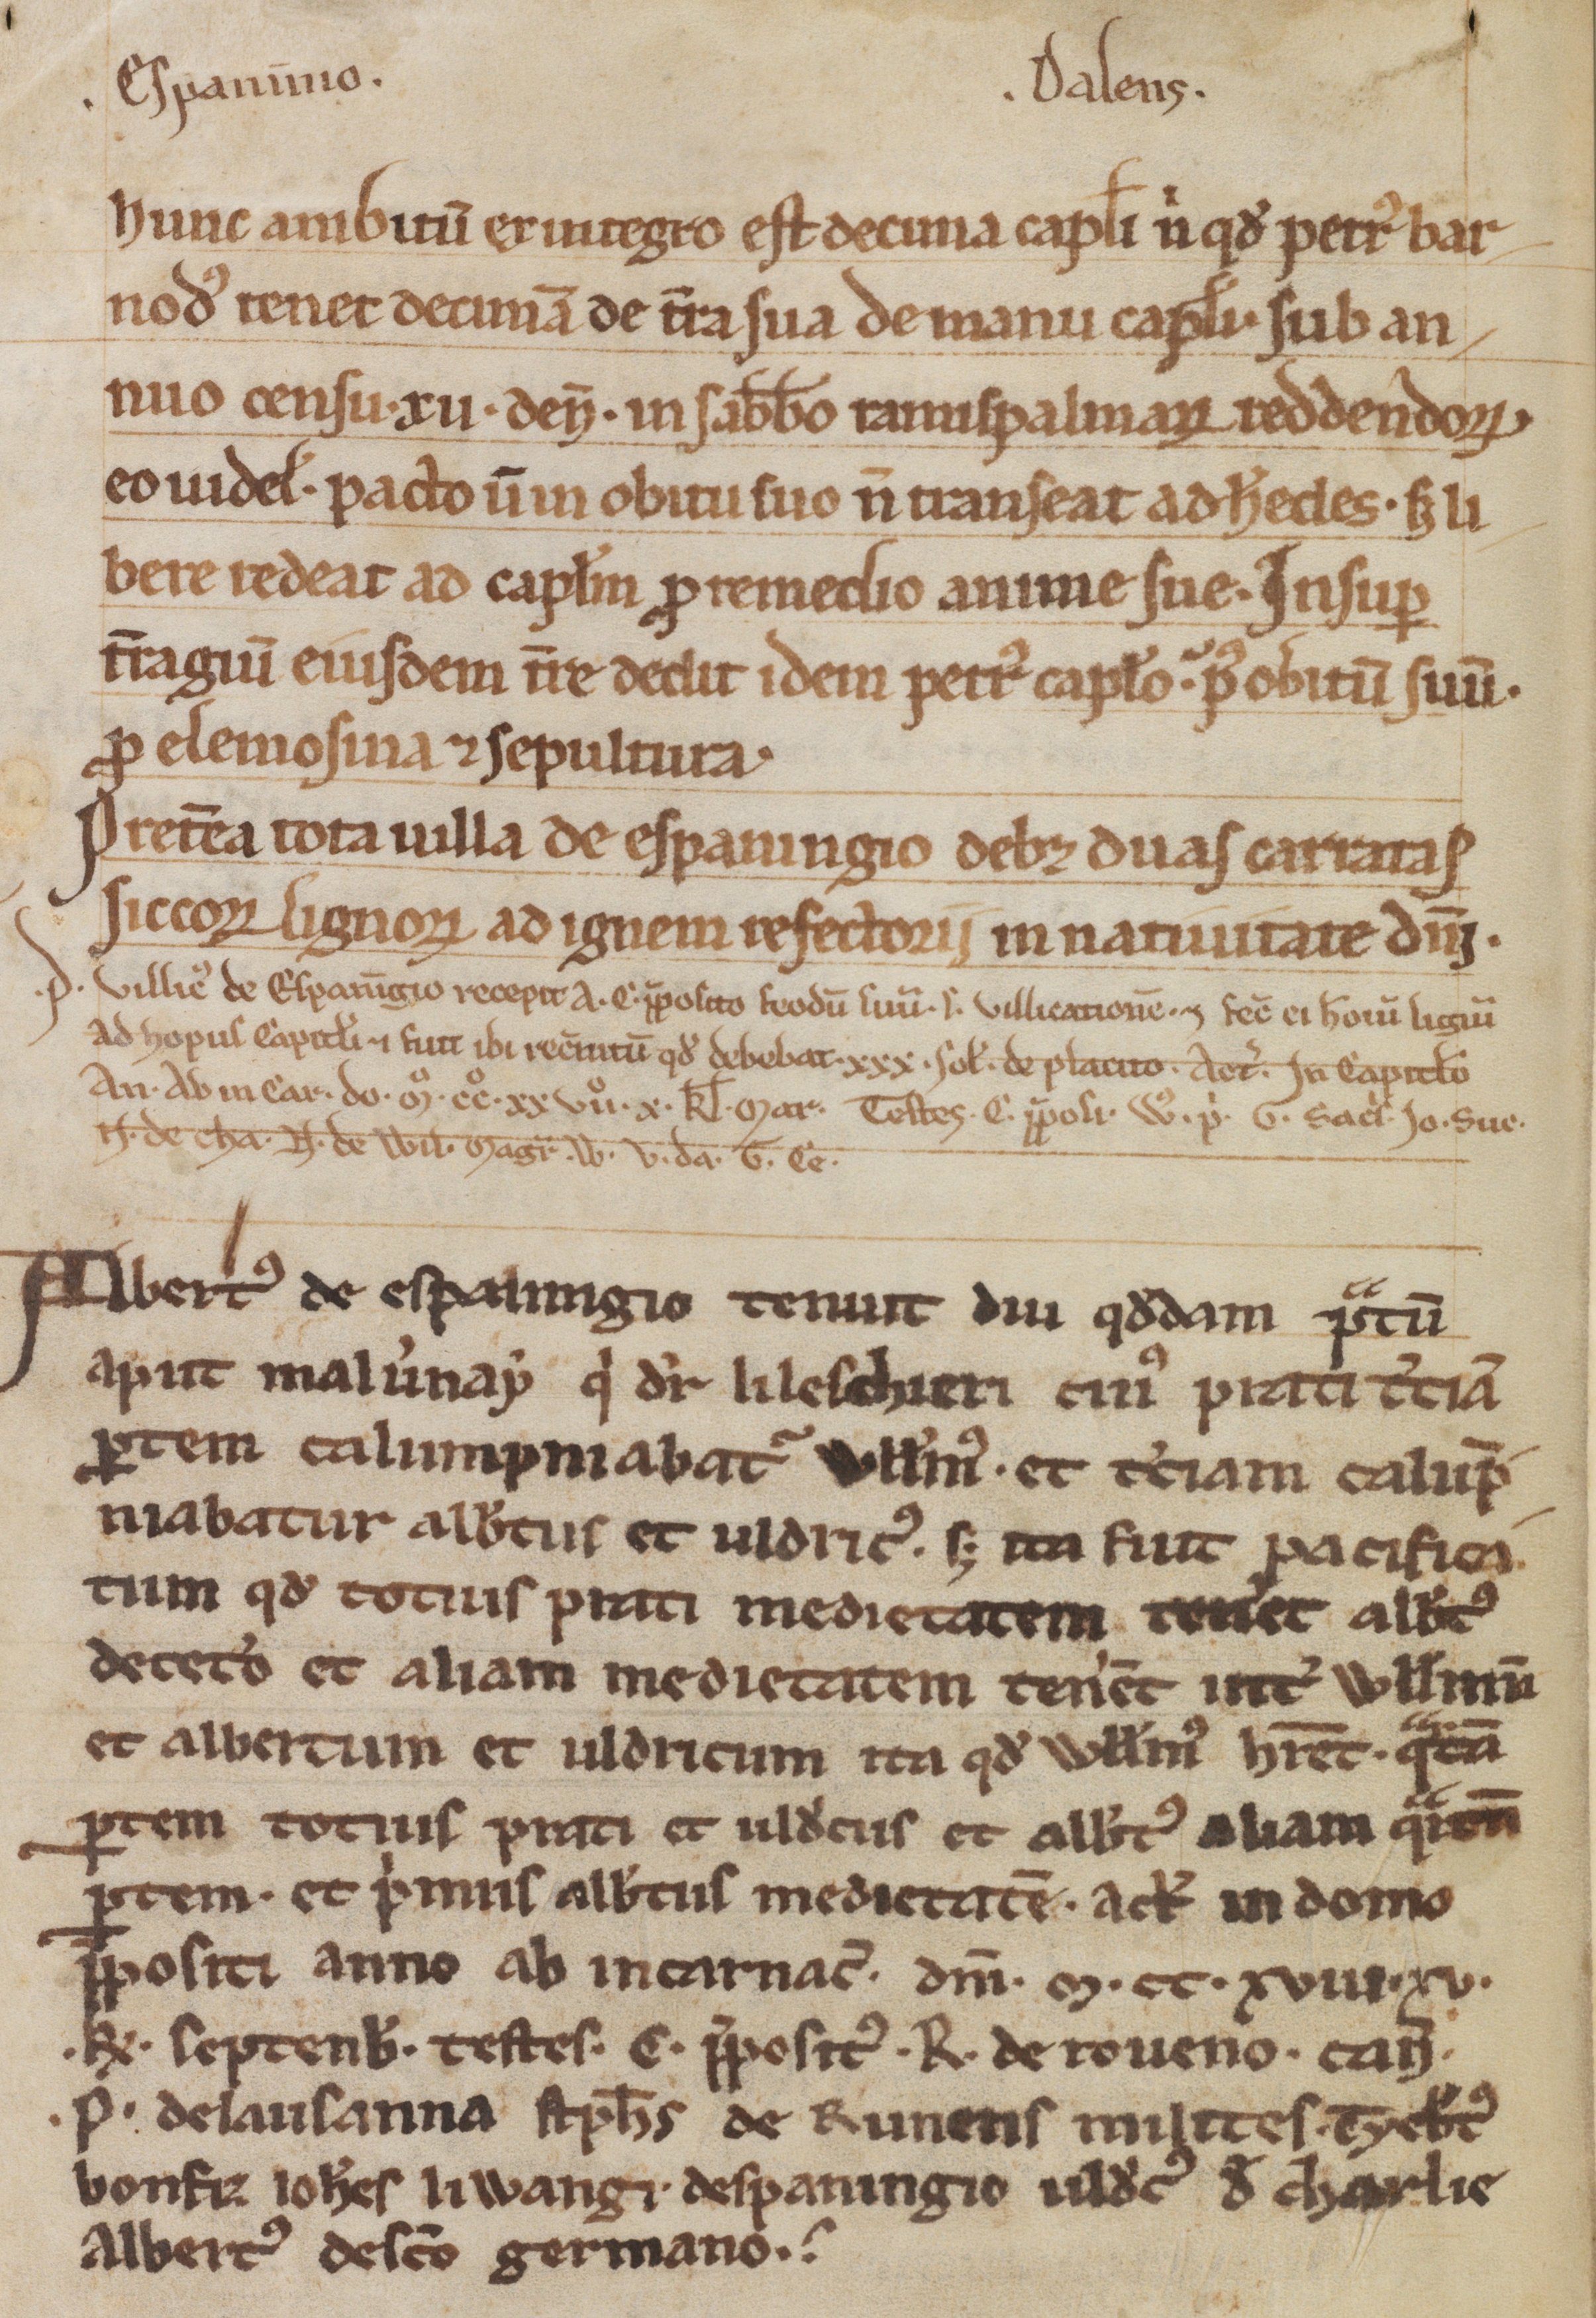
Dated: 1188–1257